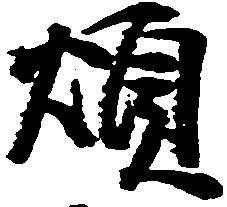
煩